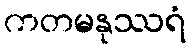
ကတမနုဿရံ